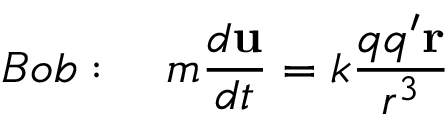
B o b : \quad m \frac { d \mathbf { u } } { d t } = k \frac { q q ^ { \prime } \mathbf { r } } { r ^ { 3 } } \qquad \qquad